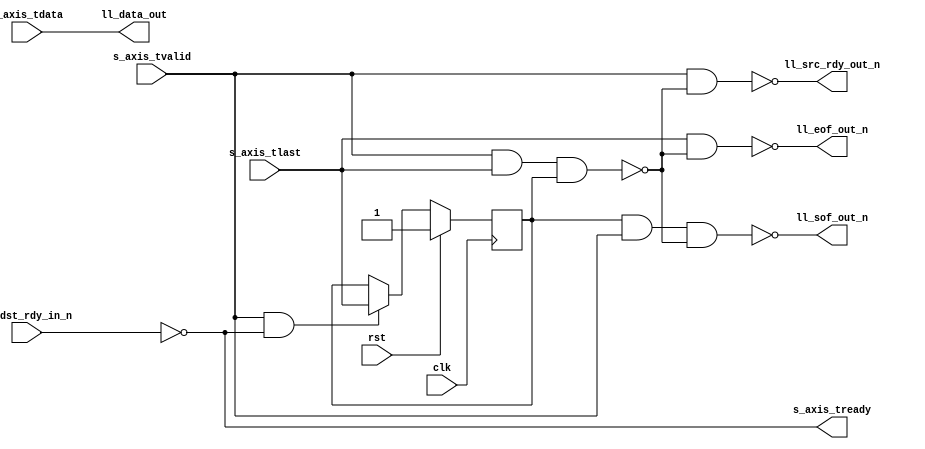
/*

Copyright (c) 2014-2018 Alex Forencich

Permission is hereby granted, free of charge, to any person obtaining a copy
of this software and associated documentation files (the "Software"), to deal
in the Software without restriction, including without limitation the rights
to use, copy, modify, merge, publish, distribute, sublicense, and/or sell
copies of the Software, and to permit persons to whom the Software is
furnished to do so, subject to the following conditions:

The above copyright notice and this permission notice shall be included in
all copies or substantial portions of the Software.

THE SOFTWARE IS PROVIDED "AS IS", WITHOUT WARRANTY OF ANY KIND, EXPRESS OR
IMPLIED, INCLUDING BUT NOT LIMITED TO THE WARRANTIES OF MERCHANTABILITY
FITNESS FOR A PARTICULAR PURPOSE AND NONINFRINGEMENT. IN NO EVENT SHALL THE
AUTHORS OR COPYRIGHT HOLDERS BE LIABLE FOR ANY CLAIM, DAMAGES OR OTHER
LIABILITY, WHETHER IN AN ACTION OF CONTRACT, TORT OR OTHERWISE, ARISING FROM,
OUT OF OR IN CONNECTION WITH THE SOFTWARE OR THE USE OR OTHER DEALINGS IN
THE SOFTWARE.

*/

// Language: Verilog 2001

`resetall
`timescale 1ns / 1ps
`default_nettype none

/*
 * AXI4-Stream to LocalLink bridge
 */
module axis_ll_bridge #
(
    parameter DATA_WIDTH = 8
)
(
    input  wire                   clk,
    input  wire                   rst,

    /*
     * AXI input
     */
    input  wire [DATA_WIDTH-1:0]  s_axis_tdata,
    input  wire                   s_axis_tvalid,
    output wire                   s_axis_tready,
    input  wire                   s_axis_tlast,

    /*
     * LocalLink output
     */
    output wire [DATA_WIDTH-1:0]  ll_data_out,
    output wire                   ll_sof_out_n,
    output wire                   ll_eof_out_n,
    output wire                   ll_src_rdy_out_n,
    input  wire                   ll_dst_rdy_in_n
);

reg last_tlast = 1'b1;

always @(posedge clk) begin
    if (rst) begin
        last_tlast = 1'b1;
    end else begin
        if (s_axis_tvalid && s_axis_tready) last_tlast = s_axis_tlast;
    end
end

// high for packet length 1 -> cannot set SOF and EOF in same cycle
// invalid packets are discarded
wire invalid = s_axis_tvalid && s_axis_tlast && last_tlast;

assign s_axis_tready = !ll_dst_rdy_in_n;

assign ll_data_out = s_axis_tdata;
assign ll_sof_out_n = !(last_tlast && s_axis_tvalid && !invalid);
assign ll_eof_out_n = !(s_axis_tlast && !invalid);
assign ll_src_rdy_out_n = !(s_axis_tvalid && !invalid);

endmodule

`resetall